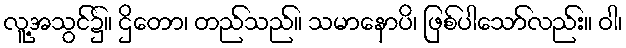
လူ့အသွင်၌။ ဌိတော၊ တည်သည်။ သမာနောပိ၊ ဖြစ်ပါသော်လည်း။ ဝါ၊